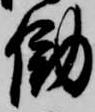
働